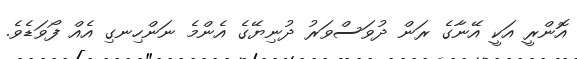
އޮންރީ އަކީ އޭނާގެ ރަން ދުވަސްވަރު ދުނިޔޭގެ އެންމެ ނަންހިނގި އެއް ފޯވަޑެވެ.